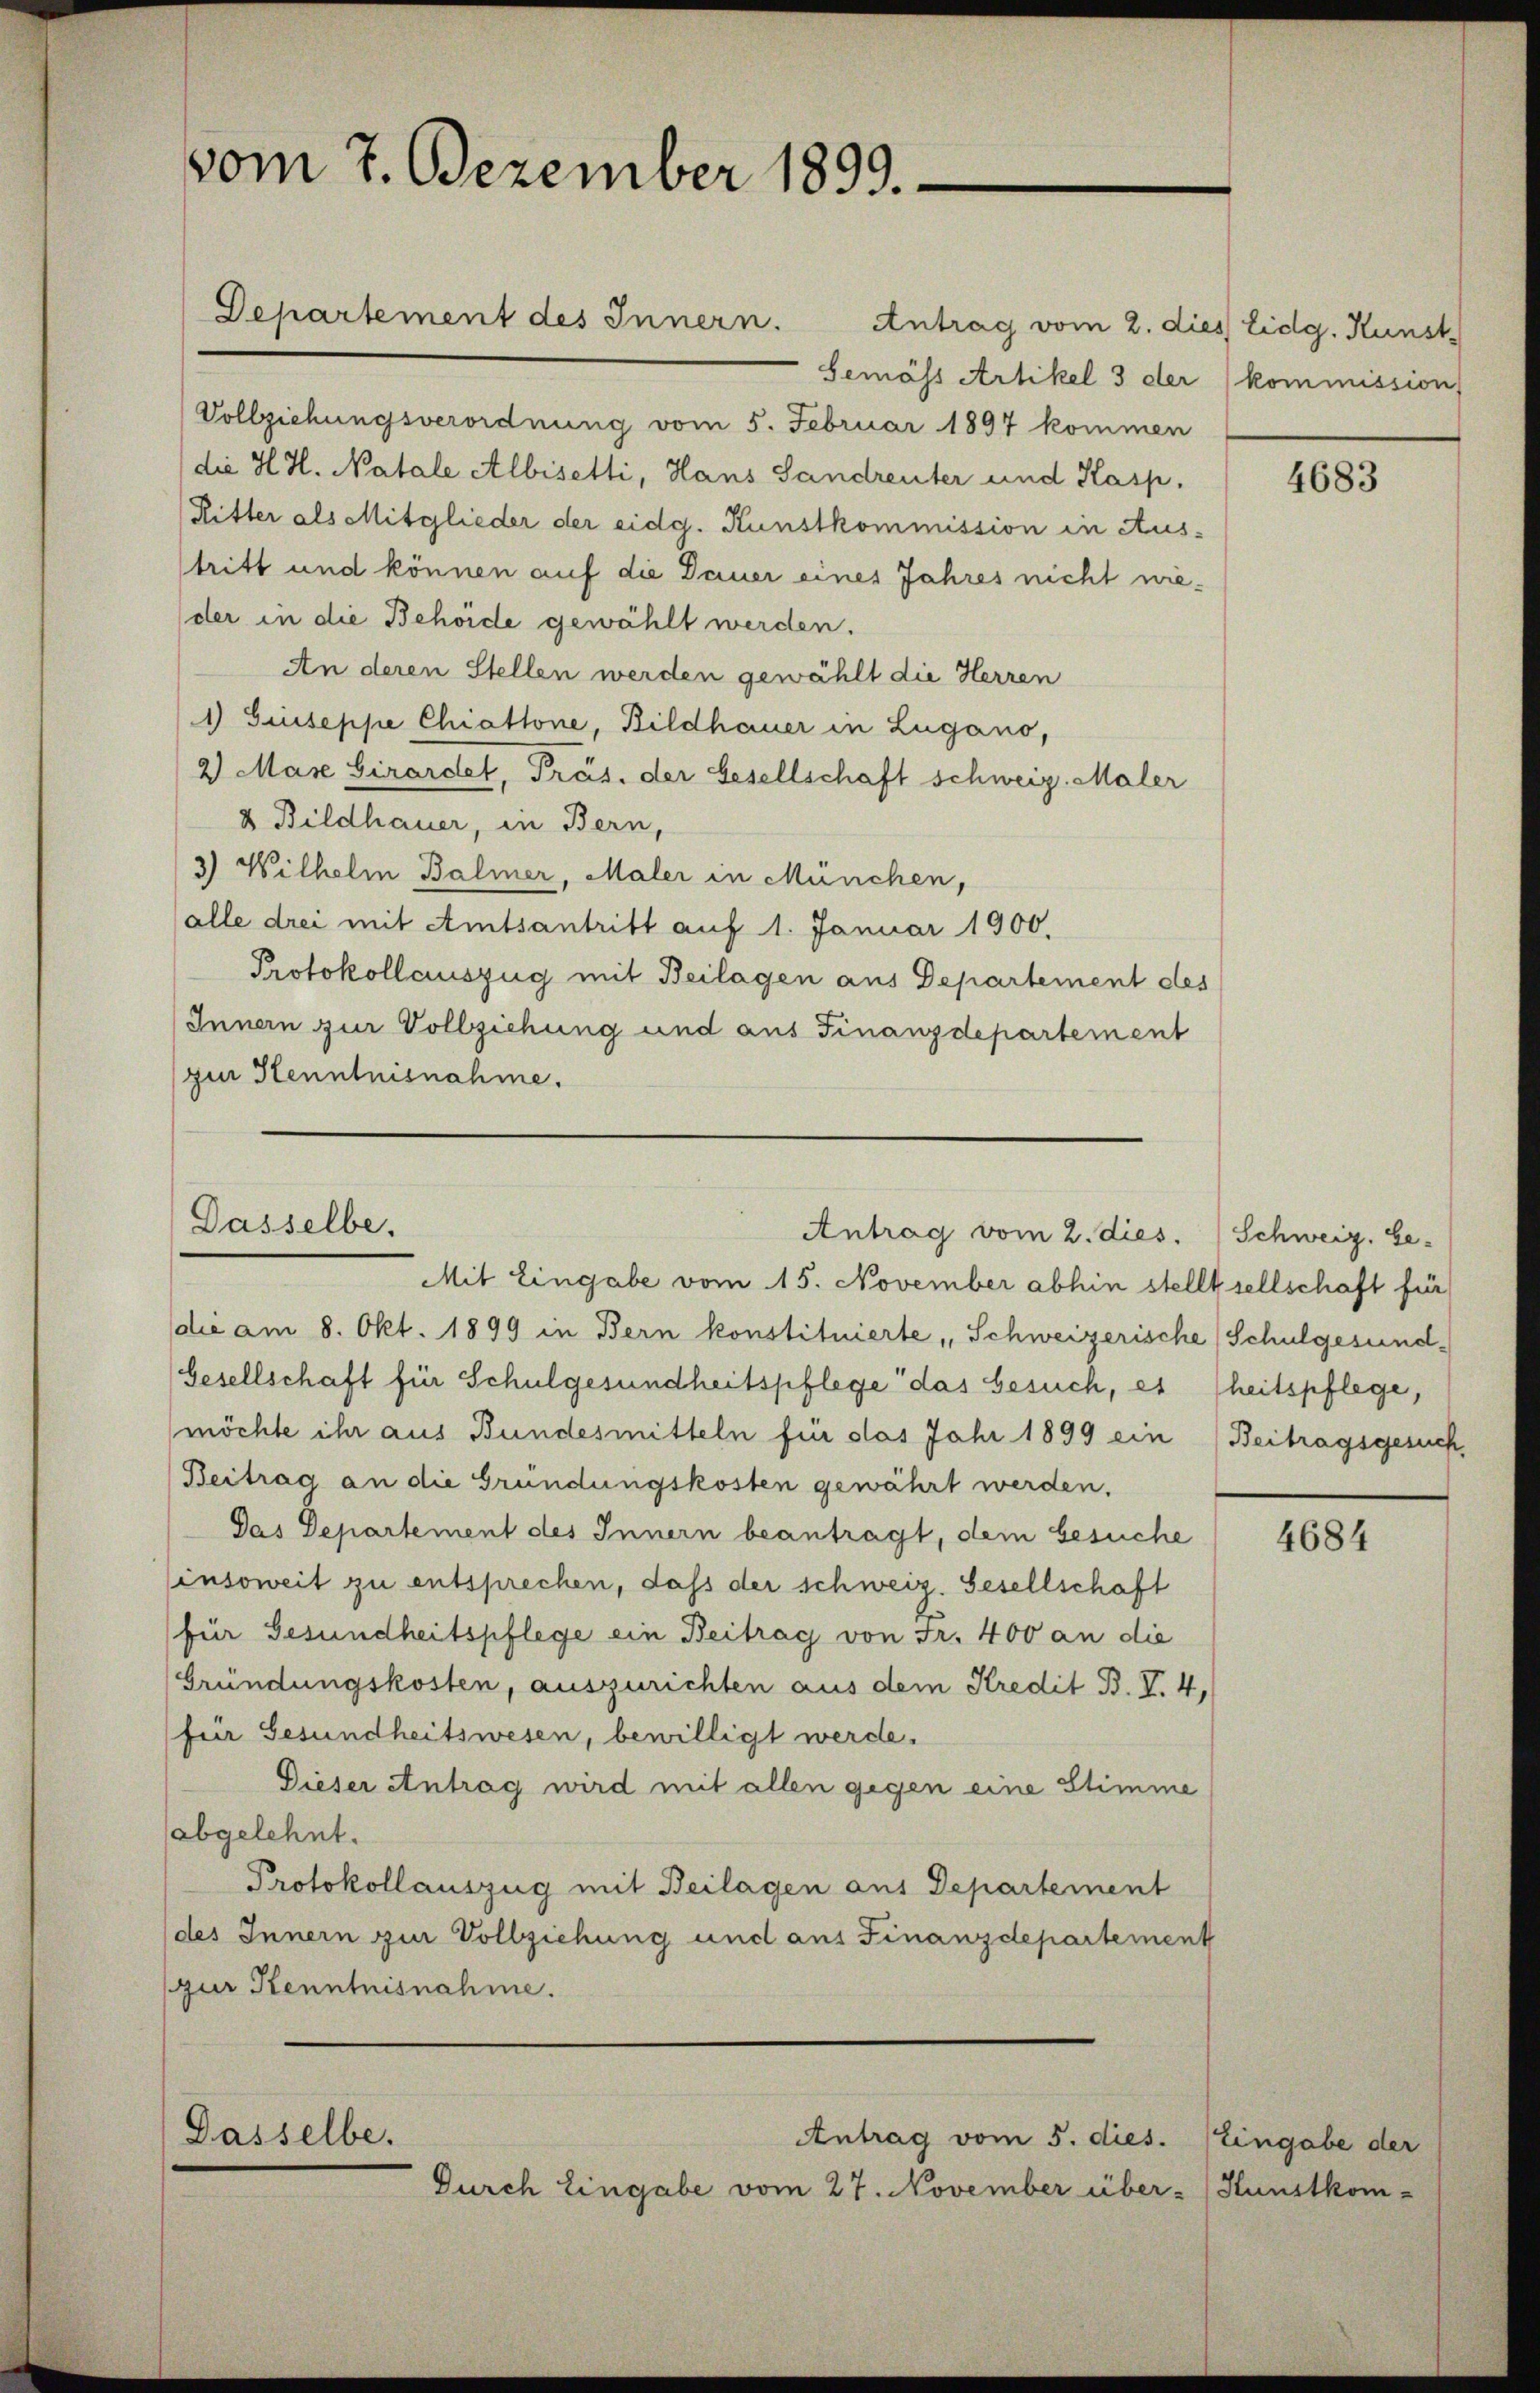
vom 7. Dezember 1899.

Departement des Innern.

Dasselbe.
Antrag vom 2. dies. Schweiz. Ge-

Dasselbe.

Antrag vom 2. dies Eidg. Kunst
Gemäss Artikel 3 der
Vollziehungsverordnung vom 5. Februar 1897 kommen
(die H. H. Natale Albisetti, Hans Sandreuter und Kasp.
Ritter als Mitglieder der eidg. Kunstkommission in Aus-
tritt und können auf die Dauer eines Jahres nicht nieder in die Behörde gewählt werden.
An deren Stellen werden gewählt die Herren
1) Giuseppe Chiattone, Bildhauer in Lugano,
2 Mare Girardet, Präs. der Gesellschaft schweiz. Maler
& Bildhauer, in Bern,
3) Wilhelm Balmer, Maler in München,
(alle drei mit Amtsantritt auf 1. Januar 1900.
Protokollauszug mit Beilagen aus Departement des
Innern zur Vollziehung und aus Finanzdepartement
zur Kenntnisnahme.

Mit Eingabe vom 15. November abhin stellt sellschaft für
die am 8. Okt. 1899 in Bern konstituierte, Schweizerische Schulgesund-
Gesellschaft für Schulgesundheitspflege das besuch, es heitspflege,
möchte ihr aus Bundesmitteln für das Jahr 1899 ein (Beitragsgesuch
Beitrag an die Gründungskosten gewährt werden.
Das Departement des Innern beantragt, dem besuche
insoweit zu entsprechen, dass der schweiz. Gesellschaft
(für Gesundheitspflege ein Beitrag von Fr. 400 an die
Gründungskosten, auszurichten aus dem Kredit B. V. 4,
(für Gesundheitswesen, bewilligt werde.
Dieser Antrag wird mit allen gegen eine Stimme
(abgelehnt.
Protokollauszug mit Beilagen aus Departement
(des Innern zur Vollziehung und aus Finanzdepartement
zur Kenntnisnahme.

Antrag vom 5. dies.
Durch Eingabe vom 27. November über- Kunstkom-

kommission

4683

4684

Eingabe der